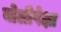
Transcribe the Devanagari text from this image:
बोलीपेक्षा